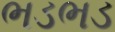
ભડભડ